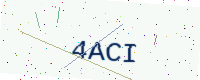
Text: 4ACI